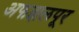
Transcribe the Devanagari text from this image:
अफझलपूर